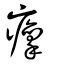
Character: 癛